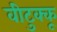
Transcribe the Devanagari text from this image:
वीटुक्कू